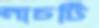
নাচটি